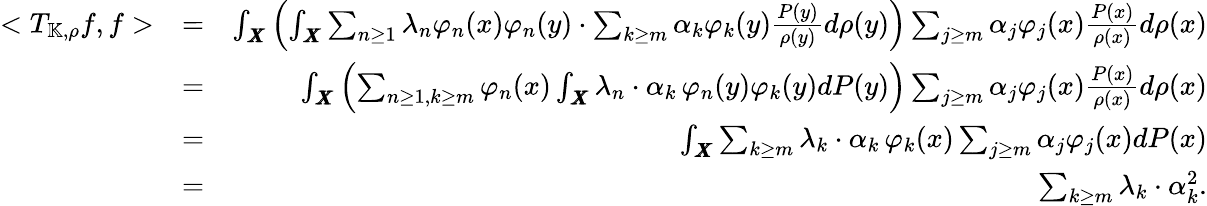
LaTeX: \begin{array}{rlr}{<T_{\mathbb K,\rho}f,f>}&{=}&{\int_{\pmb X}\left(\int_{\pmb X}\sum_{n\geq 1}\lambda_{n}\varphi_{n}(x)\varphi_{n}(y)\cdot\sum_{k\geq m}\alpha_{k}\varphi_{k}(y)\frac{P(y)}{\rho(y)}d\rho(y)\right)\sum_{j\geq m}\alpha_{j}\varphi_{j}(x)\frac{P(x)}{\rho(x)}d\rho(x)}\\ &{=}&{\int_{\pmb X}\left(\sum_{n\geq 1,k\geq m}\varphi_{n}(x)\int_{\pmb X}\lambda_{n}\cdot\alpha_{k}\, \varphi_{n}(y)\varphi_{k}(y)dP(y)\right)\sum_{j\geq m}\alpha_{j}\varphi_{j}(x)\frac{P(x)}{\rho(x)}d\rho(x)}\\ &{=}&{\int_{\pmb X}\sum_{k\geq m}\lambda_{k}\cdot\alpha_{k}\, \varphi_{k}(x)\sum_{j\geq m}\alpha_{j}\varphi_{j}(x)dP(x)}\\ &{=}&{\sum_{k\geq m}\lambda_{k}\cdot\alpha_{k}^{2}.}\end{array}